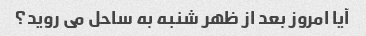
آیا امروز بعد از ظهر شنبه به ساحل می روید؟